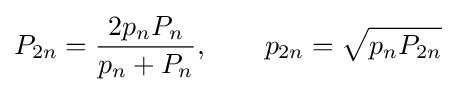
P_{2n}={\frac {2p_{n}P_{n}}{p_{n}+P_{n}}},\quad \quad p_{2n}={\sqrt {p_{n}P_{2n}}}